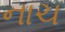
નાચ